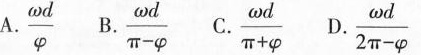
$$\frac{\omega d}{\pi - \varphi}$$ $$\frac{\omega d}{\varphi}$$ $$\frac{\omega d}{\pi + \varphi}$$ $$\frac{\omega d}{2 \pi - \varphi}$$ Yω